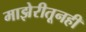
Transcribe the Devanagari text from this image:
माझेरीतूनही